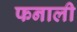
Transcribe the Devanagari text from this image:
फनाली